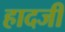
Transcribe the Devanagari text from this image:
हादजी